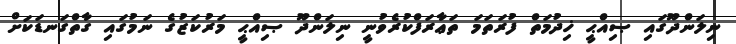
ނިލަންދޫގައި ޞިއްޙީ ޚިދުމަތް ފުރަތަމަ ތަޢާރަފްކުރެވުނީ ނިލަންދޫ ޞިއްޙީ މަރުކަޒުގެ ނަމުގައި ގާތްގަނޑަކަށް